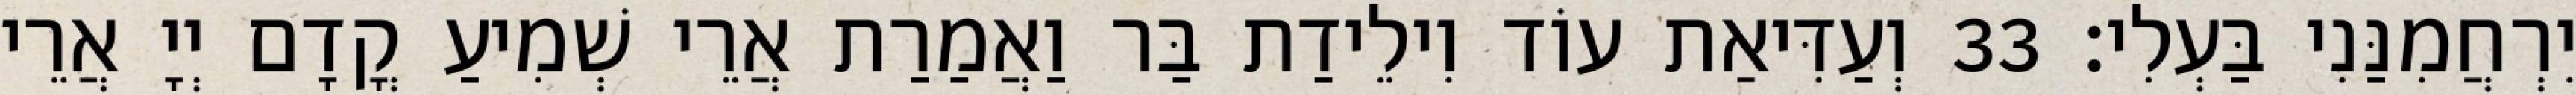
יִרְחֲמִנַּנִי בַּעְלִי׃ 33 וְעַדִּיאַת עוֹד וִילֵידַת בַּר וַאֲמַרַת אֲרֵי שְׁמִיעַ קֳדָם יְיָ אֲרֵי